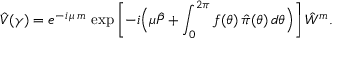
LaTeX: \hat { V } ( \gamma ) = e ^ { - i \, \mu \, m } \, \exp \left[ - i \Bigl ( \mu \hat { P } + \int _ { 0 } ^ { 2 \pi } f ( \theta ) \, \hat { \pi } ( \theta ) \, d \theta \Bigr ) \right] \hat { W } ^ { m } .